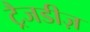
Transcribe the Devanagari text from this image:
ट्रैजडीज़